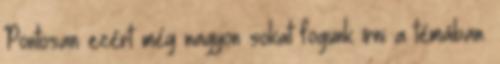
Pontosan ezért még nagyon sokat fogunk írni a témában.